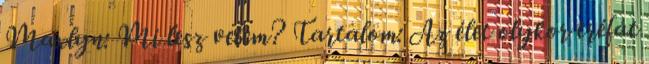
Maxlyn: Mi lesz velem? Tartalom: Az élet olykor tréfát